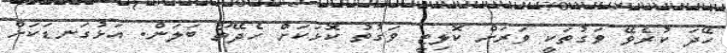
ހޭދަ ކުރެވޭ ވަގުތަކީ ވަރަށް ކޮލިޓީ ވަގުތު ކޮޅަކަށް ހެދޭތޯ ބަލަން. އަޅުގަނޑަކަށް